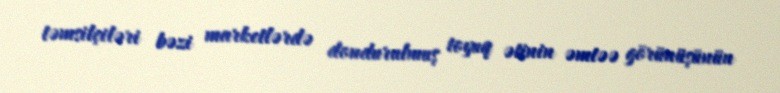
təmsilçiləri bəzi marketlərdə dondurulmuş toyuq ətinin əmtəə görünüşünün